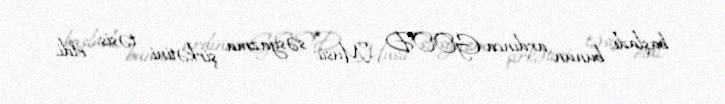
başladı, bunun ardınca GOOD Music səsyazma şirkətini təsis etdi.